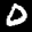
Label: 0